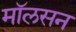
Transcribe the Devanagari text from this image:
मॉलसन